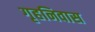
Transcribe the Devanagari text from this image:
गृहनिवास